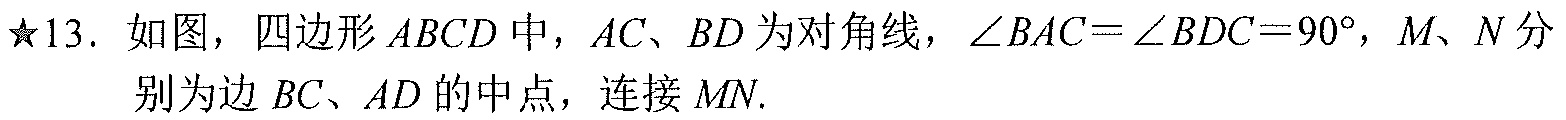
★13. 如图，四边形\(ABCD\)中，\(AC\)、\(BD\)为对角线，\(\angle BAC = \angle BDC = 90^{\circ}\)，\(M\)、\(N\)分别为边\(BC\)、\(AD\)的中点，连接\(MN\).